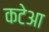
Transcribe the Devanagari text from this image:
कटेआ